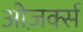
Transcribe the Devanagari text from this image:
ओज़र्क्स